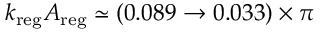
k _ { \mathrm { r e g } } A _ { \mathrm { r e g } } \simeq ( 0 . 0 8 9 \rightarrow 0 . 0 3 3 ) \times \pi